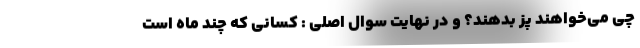
چی می‌خواهند پُز بدهند؟ و در نهایت سوال اصلی : کسانی که چند ماه است